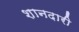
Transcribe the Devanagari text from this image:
शानदारी